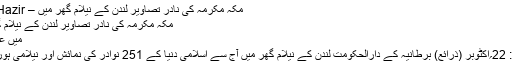
مکہ مکرمہ کی نادر تصاویر لندن کے نیلام گھر میں – Asre Hazir
مکہ مکرمہ کی نادر تصاویر لندن کے نیلام گھر میں
میں عالم اسلام
برطانیہ: 22؍اکٹوبر (ذرائع) برطانیہ کے دارالحکومت لندن کے نیلام گھر میں آج سے اسلامی دنیا کے 251 نوادر کی نمائش اور نیلامی ہورہی ہے۔